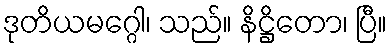
ဒုတိယမဂ္ဂေါ၊ သည်။ နိဋ္ဌိတော၊ ပြီ။